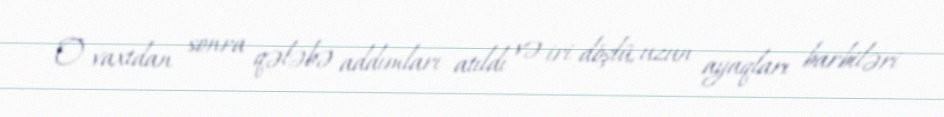
O vaxtdan sonra qələbə addımları atıldı və iri döşlü, uzun ayaqları barbiləri